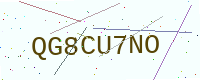
Text: QG8CU7NO